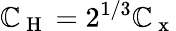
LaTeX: \mathbb{C}_{\mathrm{{~H~}}}=2^{1/3}\mathbb{C}_{\mathrm{{~x~}}}